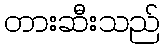
တားဆီးသည်